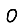
Digit: 0